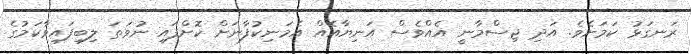
ރަނގަޅު ކަމަށެވެ. އަދި ޖިސްމާނީ އެއްވެސް އަނިޔާއެއް އެމަނިކުފާނަށް ކޮށްފައި ނުވަތަ ލިބިފައިވާކަމުގެ